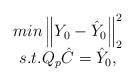
LaTeX: \begin{align*}\begin{array}{c}min\left\|Y_0-\hat Y_0\right\|_2^2\\s.t.Q_p\hat C=\hat Y_0,\end{array}\end{align*}